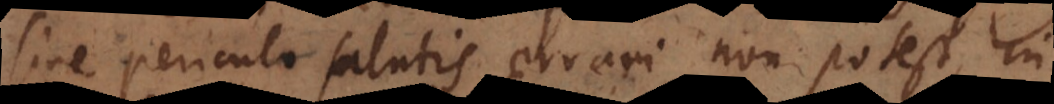
sine periculo salutis errari non potest, in